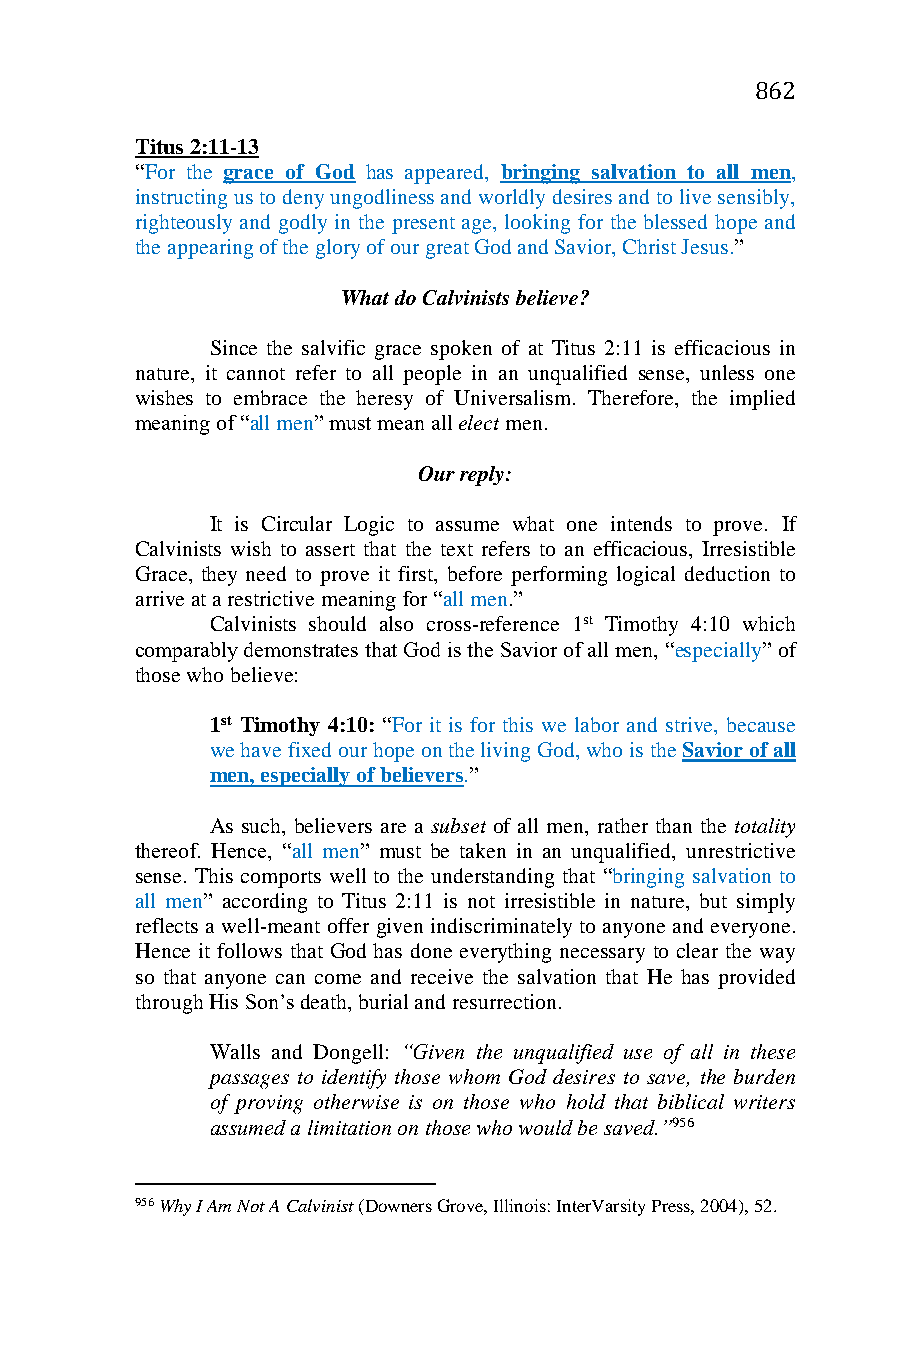
862
 Titus 2:11-13
 “For the grace of God has appeared, bringing salvation to all men,
 instructing us to deny ungodliness and worldly desires and to live sensibly,
 righteously and godly in the present age, looking for the blessed hope and
 the appearing of the glory of our great God and Savior, Christ Jesus.”
 What do Calvinists believe?
 Since the salvific grace spoken of at Titus 2:11 is efficacious in
 nature, it cannot refer to all people in an unqualified sense, unless one
 wishes to embrace the heresy of Universalism. Therefore, the implied
 meaning of “all men” must mean all elect men.
 Our reply:
 It is Circular Logic to assume what one intends to prove. If
 Calvinists wish to assert that the text refers to an efficacious, Irresistible
 Grace, they need to prove it first, before performing logical deduction to
 arrive at a restrictive meaning for “all men.”
 Calvinists should also cross-reference 1st Timothy 4:10 which
 comparably demonstrates that God is the Savior of all men, “especially” of
 those who believe:
 1st Timothy 4:10: “For it is for this we labor and strive, because
 we have fixed our hope on the living God, who is the Savior of all
 men, especially of believers.”
 As such, believers are a subset of all men, rather than the totality
 thereof. Hence, “all men” must be taken in an unqualified, unrestrictive
 sense. This comports well to the understanding that “bringing salvation to
 all men” according to Titus 2:11 is not irresistible in nature, but simply
 reflects a well-meant offer given indiscriminately to anyone and everyone.
 Hence it follows that God has done everything necessary to clear the way
 so that anyone can come and receive the salvation that He has provided
 through His Son’s death, burial and resurrection.
 Walls and Dongell: “Given the unqualified use of all in these
 passages to identify those whom God desires to save, the burden
 of proving otherwise is on those who hold that biblical writers
 assumed a limitation on those who would be saved.”956
 956 Why I Am Not A Calvinist (Downers Grove, Illinois: InterVarsity Press, 2004), 52.